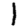
Digit: 1